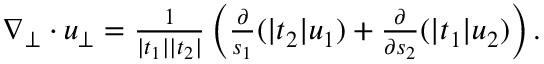
\begin{array} { r } { \nabla _ { \bot } \cdot u _ { \bot } = \frac { 1 } { | t _ { 1 } | | t _ { 2 } | } \left( \frac { \partial } { s _ { 1 } } ( | t _ { 2 } | u _ { 1 } ) + \frac { \partial } { \partial s _ { 2 } } ( | t _ { 1 } | u _ { 2 } ) \right) . } \end{array}